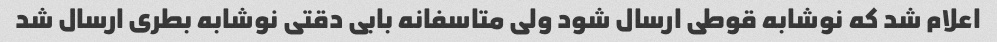
اعلام شد که نوشابه قوطی ارسال شود ولی متاسفانه بابی دقتی نوشابه بطری ارسال شد